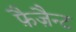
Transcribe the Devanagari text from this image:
फ़ैज़ैन्ट